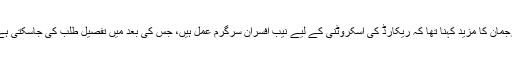
ترجمان کا مزید کہنا تھا کہ ریکارڈ کی اسکروٹنی کے لیے نیب افسران سرگرم عمل ہیں، جس کی بعد میں تفصیل طلب کی جاسکتی ہے۔